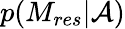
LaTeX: p(M_{res}|\mathcal{A})